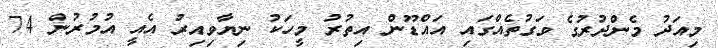
މިއަދު މެންދުރުގެ ވަގުތެއްގައި އައްޑޫން އިތުރު މީހަކު ނިޔާވިއިރު އެއީ އުމުރުން 74